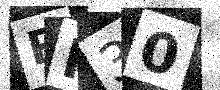
Text: RH30